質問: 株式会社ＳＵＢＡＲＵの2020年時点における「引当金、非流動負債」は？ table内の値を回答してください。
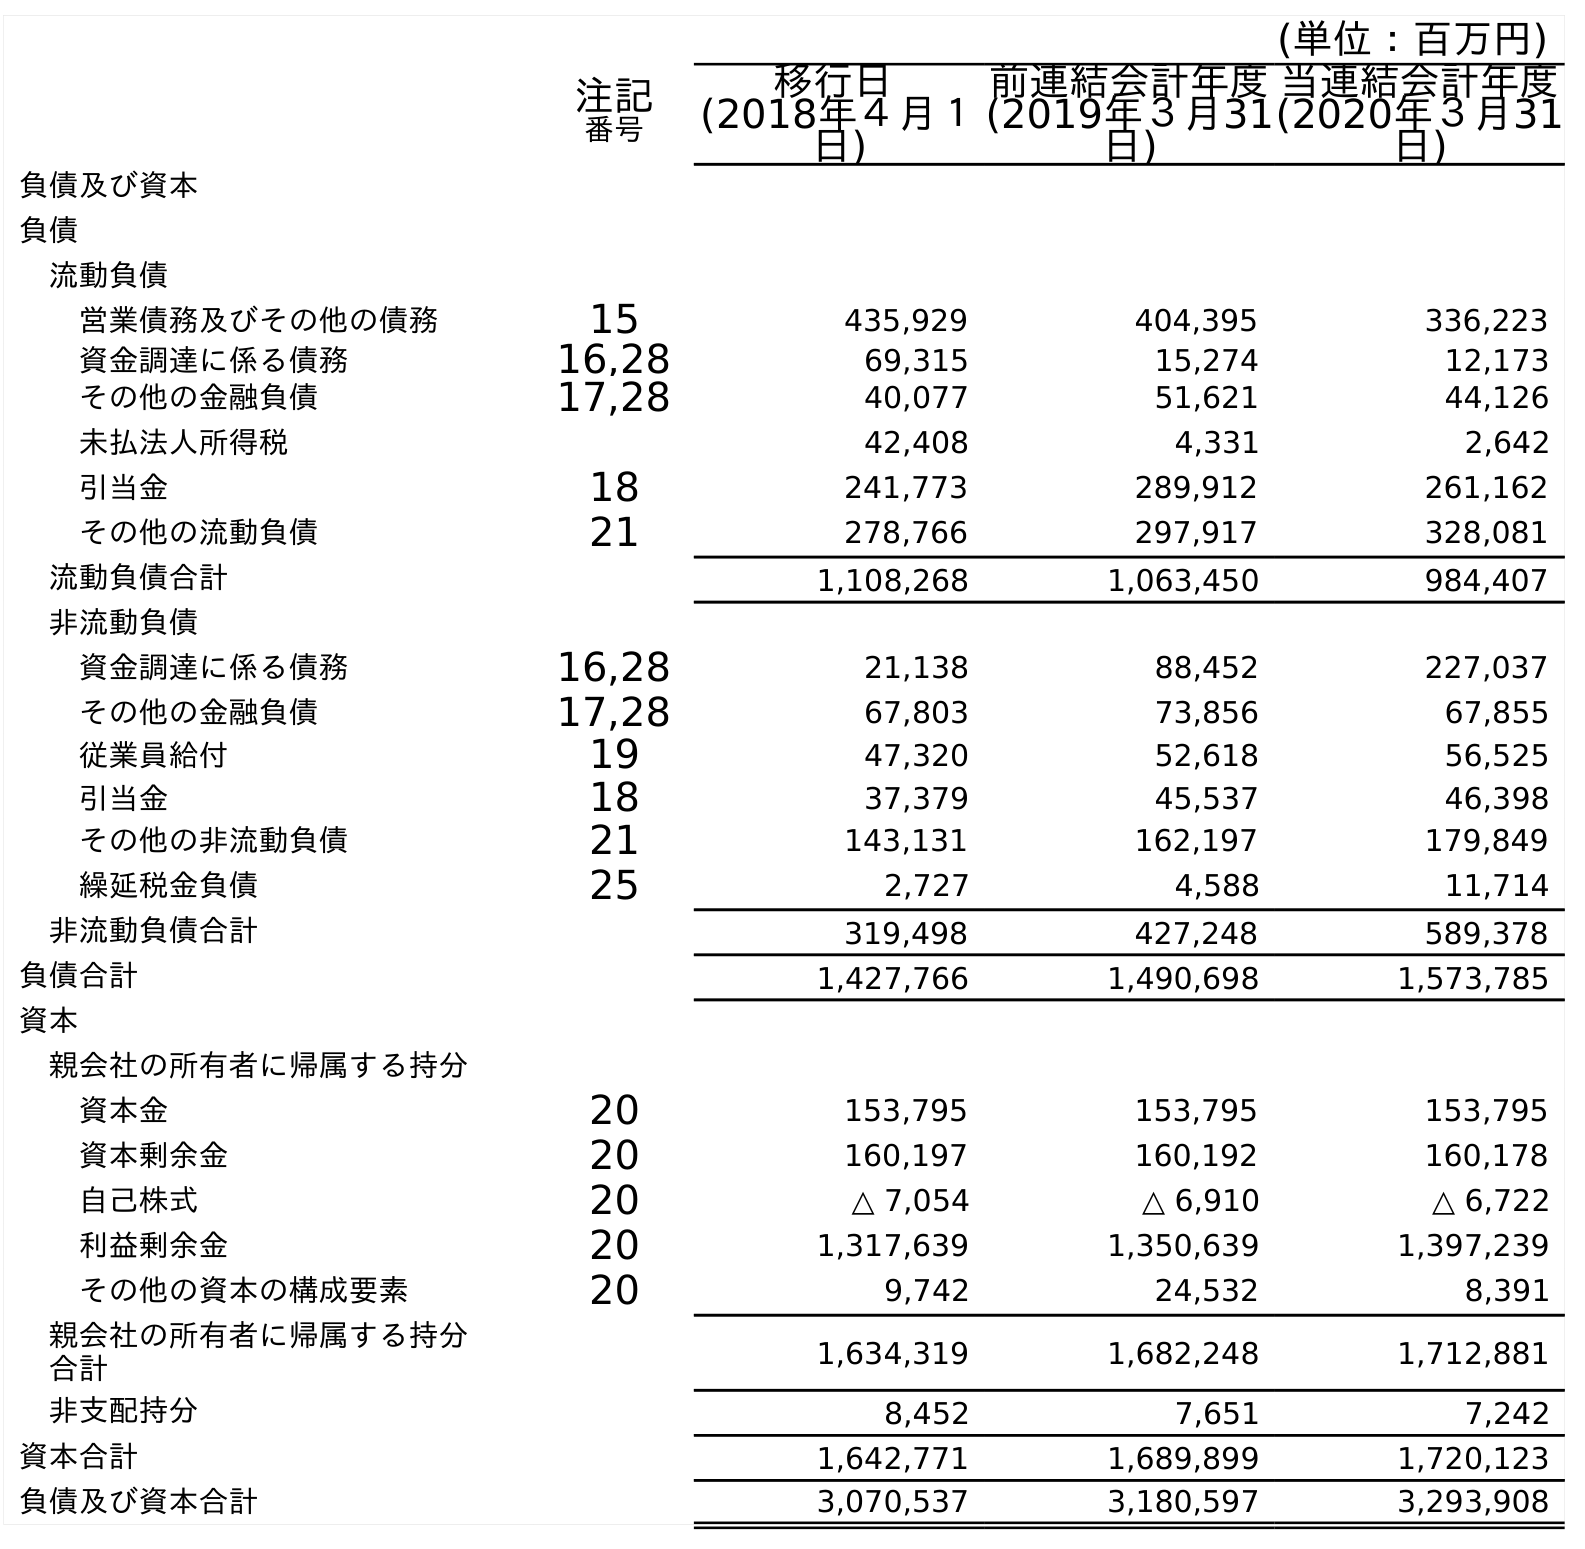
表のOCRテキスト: (単位：百万円) 注記 番号 移行日 (2018年４月１ 日) 前連結会計年度 (2019年３月31 日) 当連結会計年度 (2020年３月31 日) 負債及び資本 負債 流動負債 営業債務及びその他の債務 15 435,929 404,395 336,223 資金調達に係る債務 16,28 69,315 15,274 12,173 その他の金融負債 17,28 40,077 51,621 44,126 未払法人所得税 42,408 4,331 2,642 引当金 18 241,773 289,912 261,162 その他の流動負債 21 278,766 297,917 328,081 流動負債合計 1,108,268 1,063,450 984,407 非流動負債 資金調達に係る債務 16,28 21,138 88,452 227,037 その他の金融負債 17,28 67,803 73,856 67,855 従業員給付 19 47,320 52,618 56,525 引当金 18 37,379 45,537 46,398 その他の非流動負債 21 143,131 162,197 179,849 繰延税金負債 25 2,727 4,588 11,714 非流動負債合計 319,498 427,248 589,378 負債合計 1,427,766 1,490,698 1,573,785 資本 親会社の所有者に帰属する持分 資本金 20 153,795 153,795 153,795 資本剰余金 20 160,197 160,192 160,178 自己株式 20 △ 7,054 △ 6,910 △ 6,722 利益剰余金 20 1,317,639 1,350,639 1,397,239 その他の資本の構成要素 20 9,742 24,532 8,391 親会社の所有者に帰属する持分 合計 1,634,319 1,682,248 1,712,881 非支配持分 8,452 7,651 7,242 資本合計 1,642,771 1,689,899 1,720,123 負債及び資本合計 3,070,537 3,180,597 3,293,908
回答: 46,398